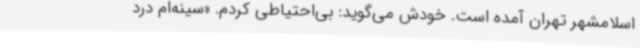
اسلامشهر تهران آمده است. خودش می‌گوید: بی‌احتیاطی کردم. «سینه‌ام درد